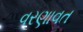
વરણાવત